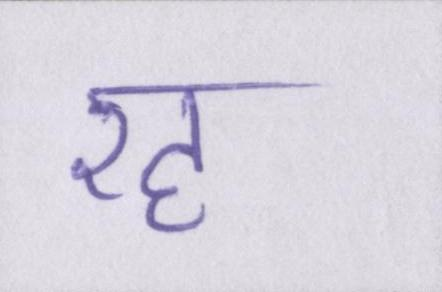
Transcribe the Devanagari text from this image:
रह